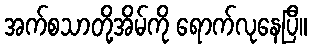
အက်စသာတို့အိမ်ကို ရောက်လုနေပြီ။